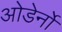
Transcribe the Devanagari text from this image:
ओडेर्नो